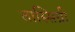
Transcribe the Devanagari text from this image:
तास्सिग्नी